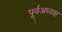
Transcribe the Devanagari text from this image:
पूर्वअध्यक्ष